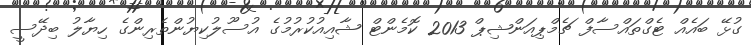
ގުޅޭ ބައެއް ޓެގްތައްސާފް ޗެމްޕިއަންޝިޕް 2013 ކޮމެންޓް ޝާއިއުކުރުމުގެ އުސޫލުކިޔުންތެރިންގެ ހިޔާލު ބިދޭސީ